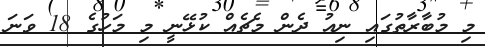
މި މުބާރާތުގައި ނިއު ދެން މެޗެއް ކުޅޭނީ މި މަހުގެ 18 ވަނަ